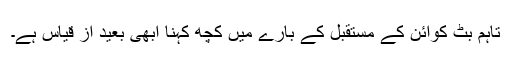
تاہم بِٹ کوائن کے مستقبل کے بارے میں کچھ کہنا ابھی بعید از قیاس ہے۔